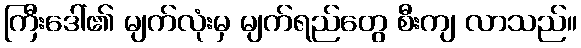
ကြီးဒေါ်၏ မျက်လုံးမှ မျက်ရည်တွေ စီးကျ လာသည်။